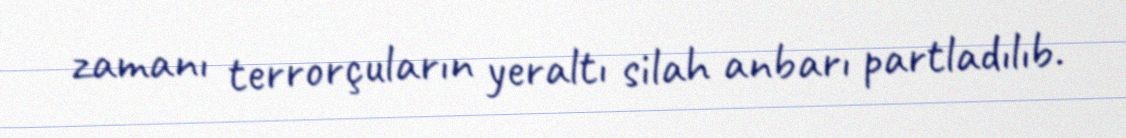
zamanı terrorçuların yeraltı silah anbarı partladılıb.